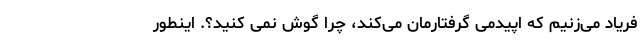
فریاد می‌زنیم که اپیدمی گرفتارمان می‌کند، چرا گوش نمی کنید؟. اینطور